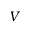
V